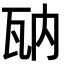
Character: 𤬲